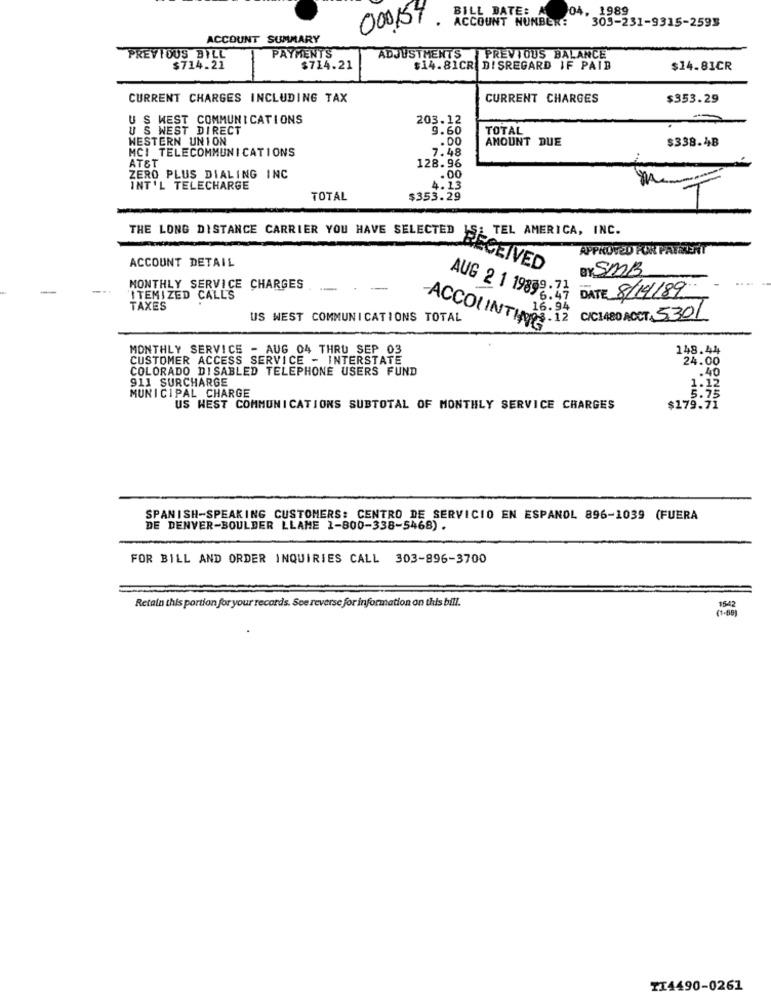
BILL DATE: A
04, 1989
303-231-9315-2593
000154
ACCOUNT SUMMARY
PREVIOUS BILL
PAYMENTS
ADJUSTMENTS PREVIOUS BALANCE
$714.21
$714.21
$14.81CR DISREGARD IF PAID
$14.81CR
CURRENT CHARGES INCLUDING TAX
CURRENT CHARGES
$353.29
U S WEST COMMUNICATIONS
203.12
U S WEST DIRECT
9.60
TOTAL
WESTERN UNION
.DO
AMOUNT DUE
$338.48
MCI TELECOMMUNICATIONS
7.48
AT&T
ZERO PLUS DIALING INC
128.96
.00
INT'L TELECHARGE
4.13
TOTAL
$353.29
THE LONG DISTANCE CARRIER YOU HAVE SELECTED IS; TEL AMERICA, INC.
APPROVED FOR PAVELENT
ACCOUNT DETAIL
RECEIVED
av SMB
MONTHLY SERVICE CHARGES
.-
AUG 2 1 19899.74
6:47 DATE 8/14/89
ITEMIZED CALLS
TAXES
US WEST COMMUNICATIONS TOTAL
ACCO( INTH008.12 C/C1480 ACCT. 530/
MONTHLY SERVICE - AUG 04 THRU SEP 03
148.44
CUSTOMER ACCESS SERVICE - INTERSTATE
24.00
COLORADO DISABLED TELEPHONE USERS FUND
1.40
911 SURCHARGE
1.12
MUNICIPAL CHARGE
US WEST COMMUNICATIONS SUBTOTAL OF MONTHLY SERVICE CHARGES
$179.71
SPANISH-SPEAKING CUSTOMERS: CENTRO DE SERVICIO EN ESPANOL 896-1039 (FUERA
DE DENVER-BOULDER LLAME 1-800-338-5468) .
FOR BILL AND ORDER INQUIRIES CALL 303-896-3700
Retain this portion for your records. See reverse for information on this bill.
(1-65)
1542
TI4490-0261